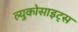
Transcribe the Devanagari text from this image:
ल्युकोसाइट्स